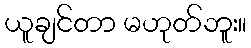
ယူချင်တာ မဟုတ်ဘူး။